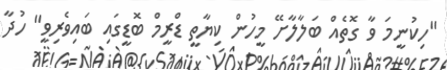
"ހިކުނީމަ ވާ ގޮތެއް ބަލާލާށޭ މީހުން ކިޔާތީ ޑްރީމް ބޮޑީގައި ބައިވެރިވީ" ހުދާ